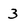
Character: 3